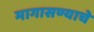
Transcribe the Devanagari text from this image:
मागासण्याचे